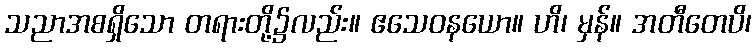
သညာအစရှိသော တရားတို့၌လည်း။ ဧသေဝနယော။ ဟိ၊ မှန်။ အတီတေပိ၊